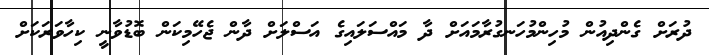
ދުރަށް ގެންދިއުން މުހިންމުހަނގުރާމައަށް ދާ މައްސަލައިގެ އަސްލަށް ދާން ޖެހޭމިކަން ބޮޑުވާނީ ކިހާވަރަކަށް